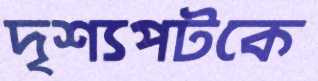
দৃশ্যপটকে